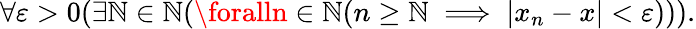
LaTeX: \forall\varepsilon>0(\exists\mathbb{N}\in\mathbb{{\mathbb{N}}}(\foralln\in\mathbb{{\mathbb{N}}}(n\geq\mathbb{N}\implies|x_{n}-x|<\varepsilon))).